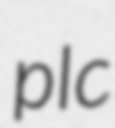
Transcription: plc